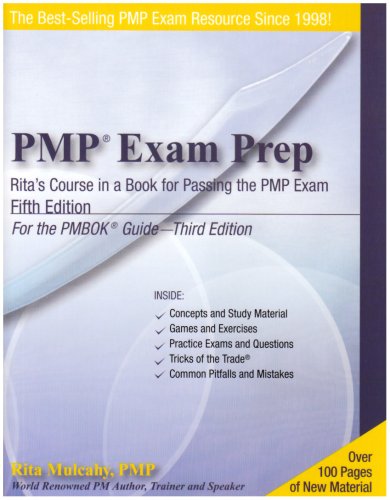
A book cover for PMP Exam Prep, Fifth Edition: Rita's Course in a Book for Passing the PMP Exam; Rita Mulcahy; Test Preparation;